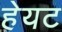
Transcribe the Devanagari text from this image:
हेयट